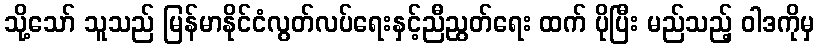
သို့သော် သူသည် မြန်မာနိုင်ငံလွတ်လပ်ရေးနှင့်ညီညွတ်ရေး ထက် ပိုပြီး မည်သည့် ဝါဒကိုမှ